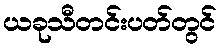
ယခုသီတင်းပတ်တွင်